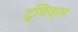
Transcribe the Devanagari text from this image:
टुविक्स